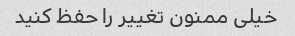
خیلی ممنون تغییر را حفظ کنید